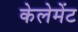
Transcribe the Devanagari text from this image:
केलेमेंट